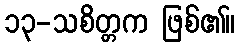
၁၃-သစိတ္တက ဖြစ်၏။